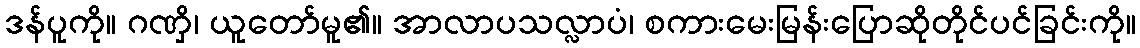
ဒန်ပူကို။ ဂဏှိ၊ ယူတော်မူ၏။ အာလာပသလ္လာပံ၊ စကားမေးမြန်းပြောဆိုတိုင်ပင်ခြင်းကို။